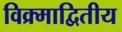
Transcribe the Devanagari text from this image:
विक्र्माद्वितीय